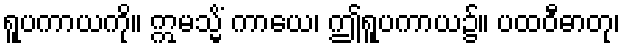
ရူပကာယကို။ ဣမသ္မိံ ကာယေ၊ ဤရူပကာယ၌။ ပထဝီဓာတု၊